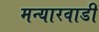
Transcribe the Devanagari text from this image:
मन्यारवाडी